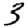
Digit: 3